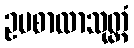
ဥပစာလာသုတ္တံ